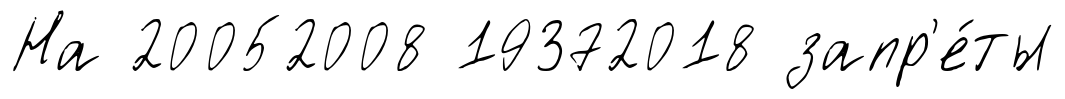
На 20052008 19372018 запр'е́ты